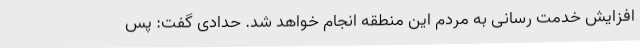
افزایش خدمت رسانی به مردم این منطقه انجام خواهد شد. حدادی گفت: پس